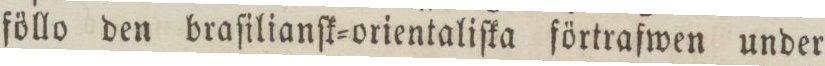
föllo den braſilianſk=orientaliſka förtrafwen under